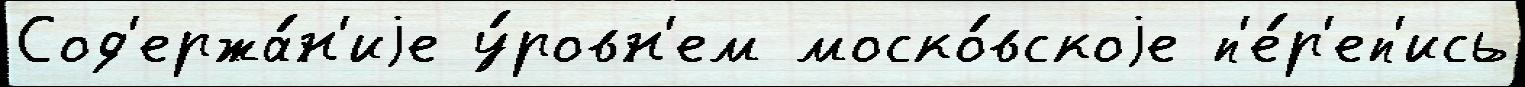
Сод'ержа́н'иjе у́ровн'ем моско́вскоjе п'е́р'еп'ись